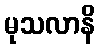
မုသလာနိ